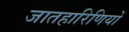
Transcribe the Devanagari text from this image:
जातहारिणियों